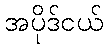
အပိုဒ်ငယ်